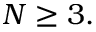
N \geq 3 .